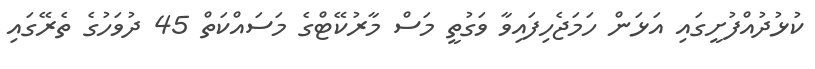
ކުޅުދުއްފުށީގައި އަޅަން ހަމަޖެހިފައިވާ ވަގުތީ މަސް މާރުކޭޓްގެ މަސައްކަތް 45 ދުވަހުގެ ތެރޭގައި